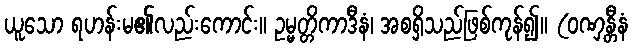
ယူသော ရဟန်းမ၏လည်းကောင်း။ ဥမ္မတ္တိကာဒီနံ၊ အစရှိသည်ဖြစ်ကုန်၍။ (ဝဏှန္တီနံ